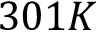
3 0 1 K